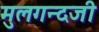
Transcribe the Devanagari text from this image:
मुलगन्दजी